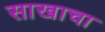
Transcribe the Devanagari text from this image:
साखाचा